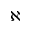
\aleph